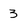
Character: 3